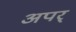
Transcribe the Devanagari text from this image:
अपर्